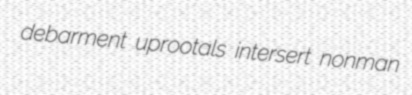
debarment uprootals intersert nonman